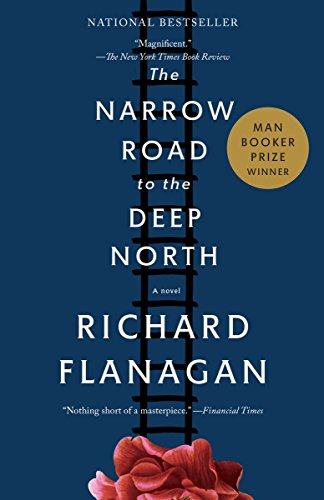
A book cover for The Narrow Road to the Deep North; Richard Flanagan; Literature & Fiction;